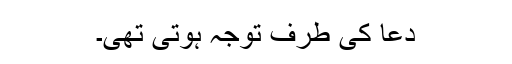
دعا کی طرف توجہ ہوتی تھی۔